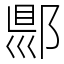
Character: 郻